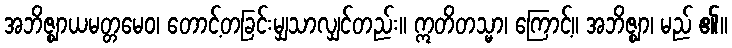
အဘိဇ္ဈာယမတ္တမေဝ၊ တောင့်တခြင်းမျှသာလျှင်တည်း။ ဣတိတသ္မာ၊ ကြောင့်။ အဘိဇ္ဈာ၊ မည် ၏။